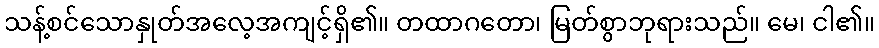
သန့်စင်သောနှုတ်အလေ့အကျင့်ရှိ၏။ တထာဂတော၊ မြတ်စွာဘုရားသည်။ မေ၊ ငါ၏။